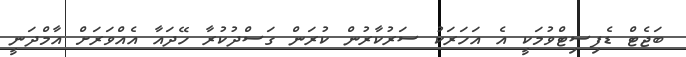
ބަޖެޓް ޑެފިސިޓްވުމަކީ އެ އަހަރަކު ސަރުކާރުން ކުރަން ގަސްދުކުރާ ހޭދައާ އެއްވަރަށް އާމްދަނީ